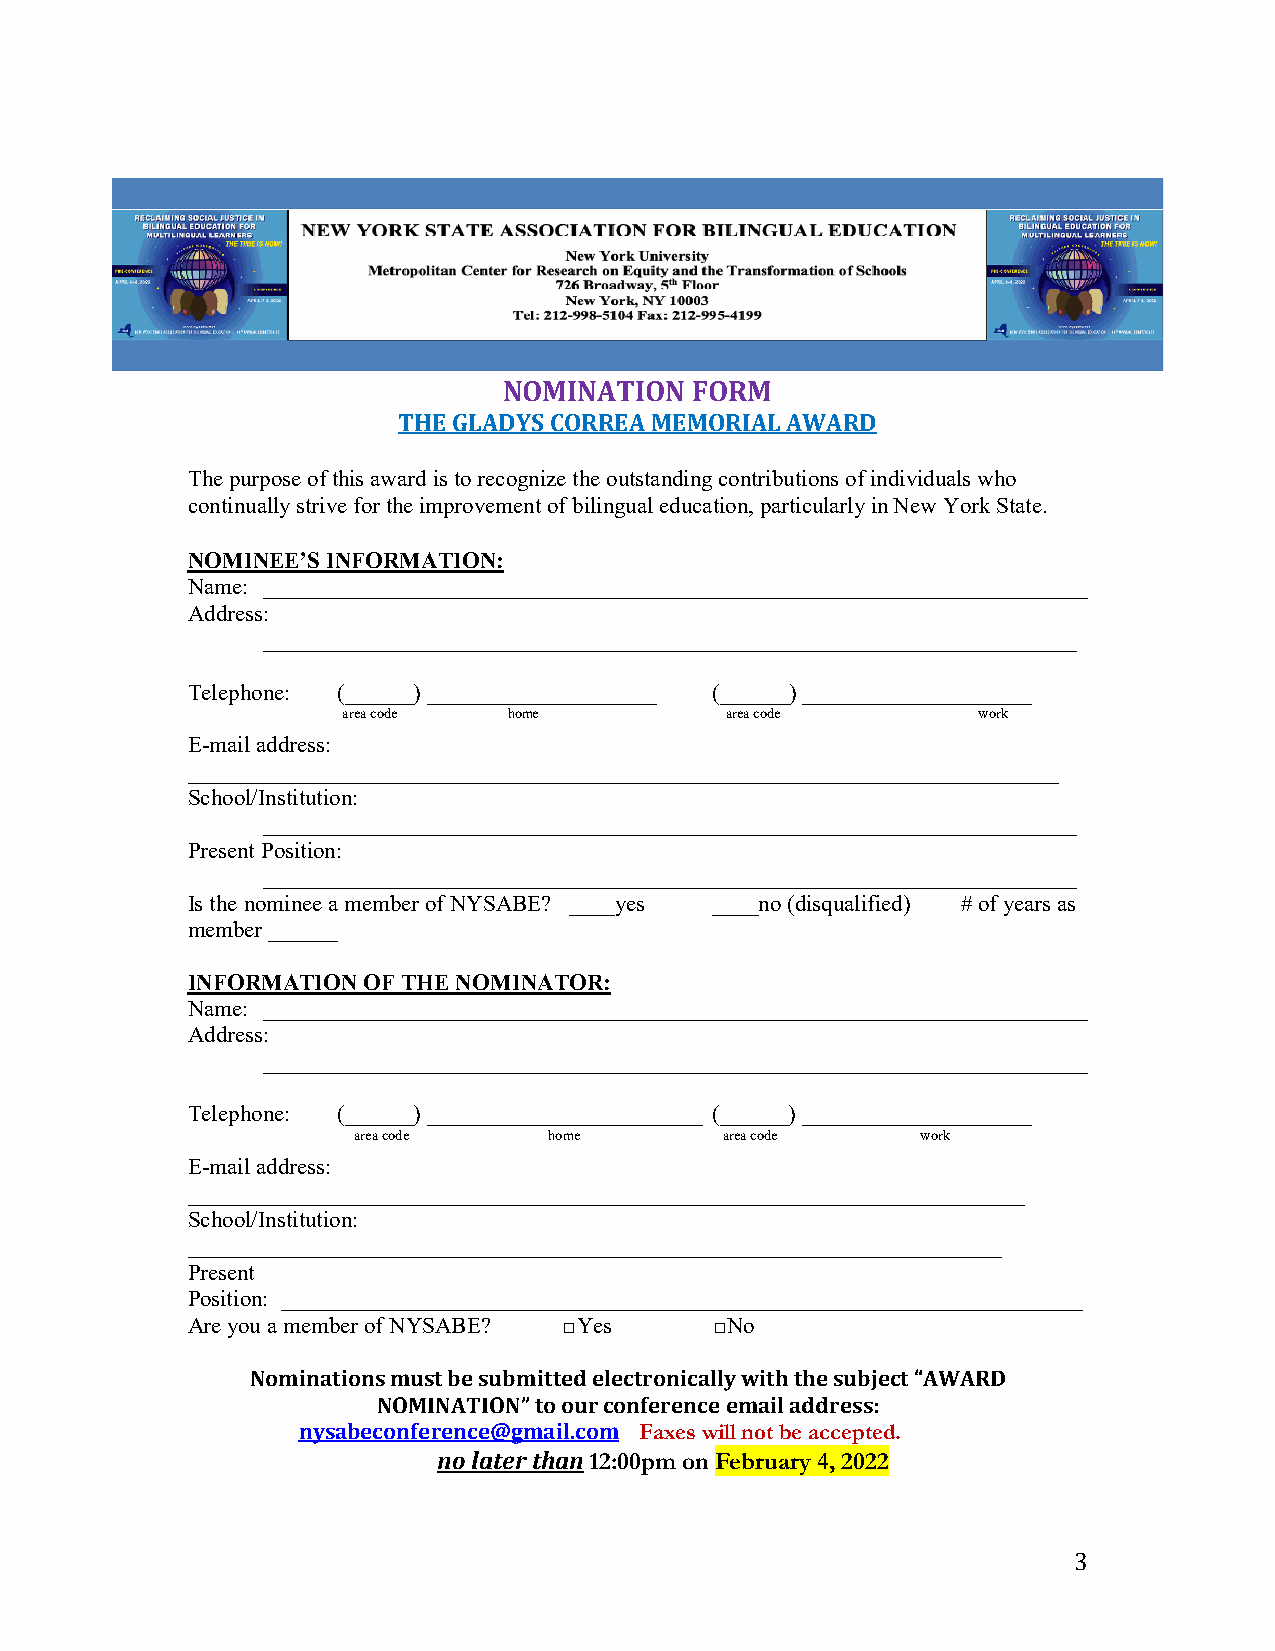
NOMINATION   FORM
 THE GLADYS CORREA MEMORIAL AWARD
 The purpose of this award is to recognize the outstanding contributions of individuals who
 continually strive for the improvement of bilingual education, particularly in New York State.
 NOMINEE’S INFORMATION:
 Name: ________________________________________________________________________
 Address:
 _______________________________________________________________________
 Telephone: (______) ____________________ (______) ____________________
 area code  home          area code        work
 E-mail address:
 ____________________________________________________________________________
 School/Institution:
 _______________________________________________________________________
 Present Position:
 _______________________________________________________________________
 Is the nominee a member of NYSABE? ____yes ____no (disqualified) # of years as
 member ______
 INFORMATION OF THE NOMINATOR:
 Name: ________________________________________________________________________
 Address:
 ________________________________________________________________________
 Telephone: (______) ________________________ (______) ____________________
 area code    home        area code    work
 E-mail address:
 _________________________________________________________________________
 School/Institution:
 _______________________________________________________________________
 Present
 Position: ______________________________________________________________________
 Are you a member of NYSABE? □Yes   □No
 Nominations must be submitted electronically with the subject “AWARD
 NOMINATION” to our conference email address:
 nysabeconference@gmail.com Faxes will not be accepted.
 no later than 12:00pm on February 4, 2022
 3